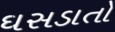
ઘસડાતો